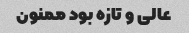
عالی و تازه بود ممنون